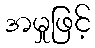
အမှုဖြင့်